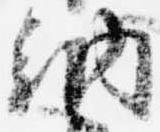
納